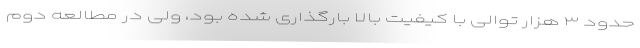
حدود ۳ هزار توالی با کیفیت بالا بارگذاری شده بود، ولی در مطالعه دوم